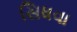
સિધવા